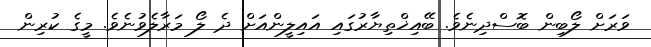
ވަރަށް ލޯބިން ބޮސްދިނެވެ. ބޭއިޚްތިޔާރުގައި އައިލީންއަށް ދެ ލޯ މަރާލެވުނެވެ. މީގެ ކުރިން